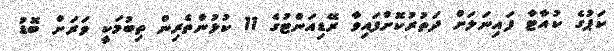
ކަޕުގެ ކުއާޓާ ފައިނަލަށް ދަތުރުކޮށްފައިވާ ރޭޑިއަންޓުގެ 11 ކުޅުންތެރިން ތިބުމަކީ ވަރަށް ބޮޑު